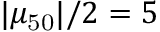
| \mu _ { \mathrm { 5 0 } } | / 2 = 5